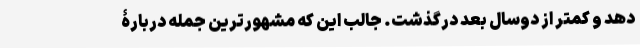
دهد و کمتر از دوسال بعد درگذشت. جالب این که مشهورترین جمله دربارۀ